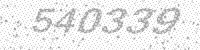
Solution: 540339